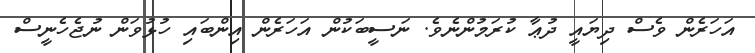
އަހަރެން ވެސް ދިޔައީ ދުޢާ ކުރަމުންނެވެ. ނަސީބަކުން އަހަރެން އިންބައި ހުޅުވަން ނުޖެހެނީސް